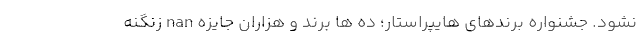
نشود. جشنواره برندهای هایپراستار؛ ده ­ها برند و هزاران جایزه nan زنگنه